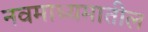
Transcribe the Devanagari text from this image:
नवमाध्यमातील